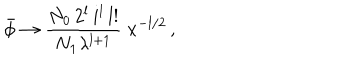
LaTeX: \bar { \phi } \rightarrow \frac { N _ { 0 } \, 2 ^ { l } \, i ^ { l } \, l ! } { N _ { 1 } \lambda ^ { l + 1 } } \; x ^ { - l / 2 } \, ,